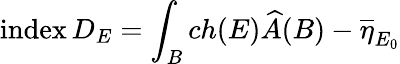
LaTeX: \mathrm{index}\, D_{E}=\int_{B}ch(E)\widehat{A}(B)-\overline{{\eta}}_{E_{0}}